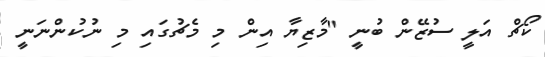
ކޯޗް އަލީ ސުޒޭން ބުނީ "މާޒިޔާ އިން މި މެޗުގައި މި ނުކުންނަނީ